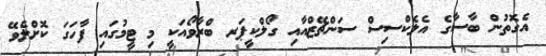
އެގޮތުން ބާސާގެ އެލެކްސިސް ސަންޗޭޒްއާއި ގޯލްކީޕަރ ބްރާވޯއަކީ މި ޓީމުގައި ފާހަގަ ކޮށްލެވޭ